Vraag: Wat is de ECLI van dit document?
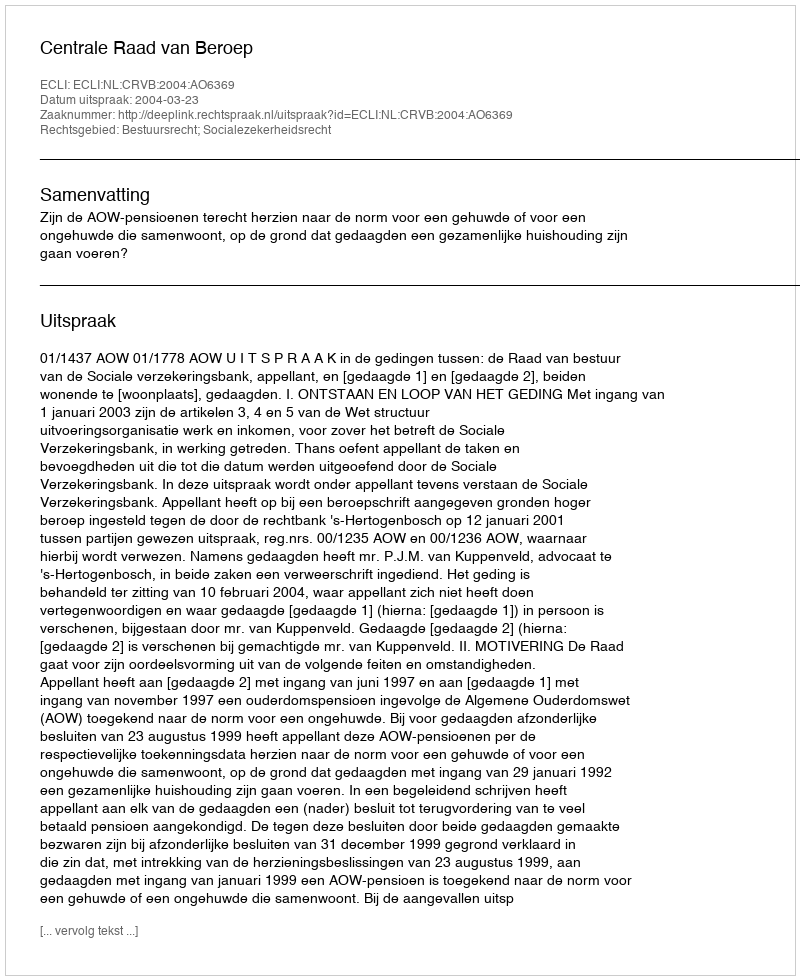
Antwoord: ECLI:NL:CRVB:2004:AO6369